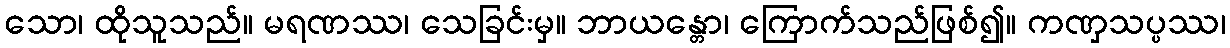
သော၊ ထိုသူသည်။ မရဏဿ၊ သေခြင်းမှ။ ဘာယန္တော၊ ကြောက်သည်ဖြစ်၍။ ကဏှသပ္ပဿ၊